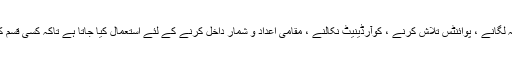
اس آلے کو عام طور پر مقامات کا پتہ لگانے ، پوائنٹس تلاش کرنے ، کوآرڈینیٹ نکالنے ، مقامی اعداد و شمار داخل کرنے کے لئے استعمال کیا جاتا ہے تاکہ کسی قسم کی کارکردگی کا مظاہرہ کیا جاسکے۔